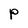
Character: P